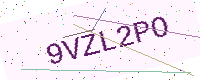
Text: 9VZL2PO